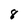
Character: 8